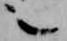
之